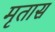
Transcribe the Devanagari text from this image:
मृतास